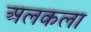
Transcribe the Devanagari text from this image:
अलकला